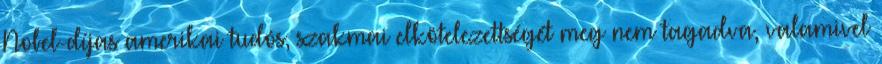
Nobel-díjas amerikai tudós, szakmai elkötelezettségét meg nem tagadva, valamivel